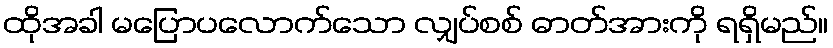
ထိုအခါ မပြောပလောက်သော လျှပ်စစ် ဓာတ်အားကို ရရှိမည်။